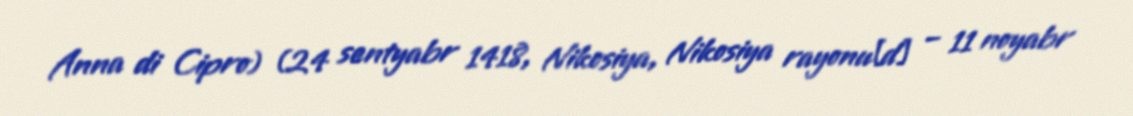
Anna di Cipro) (24 sentyabr 1418, Nikosiya, Nikosiya rayonu[d] – 11 noyabr